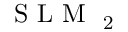
\mathrm { ~ S ~ L ~ M ~ } _ { \mathrm { ~ 2 ~ } }